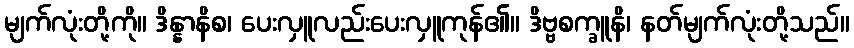
မျက်လုံးတို့ကို။ ဒိန္နာနိစ၊ ပေးလှူလည်းပေးလှူကုန်၏။ ဒိဗ္ဗစက္ခူနိ၊ နတ်မျက်လုံးတို့သည်။